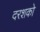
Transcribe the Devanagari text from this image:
दरशको